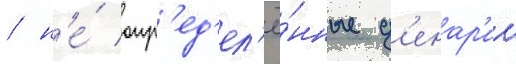
/ н'е́ опр'ед'ел'ё́нные д'енар'ии